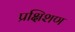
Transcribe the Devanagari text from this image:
प्रक्षिशण